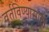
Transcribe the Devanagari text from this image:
वर्तविण्यासाठी